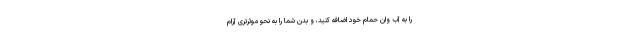
را به آب وان حمام خود اضافه کنید، و بدن شما را به نحو موثرتری آرام